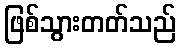
ဖြစ်သွားတတ်သည်